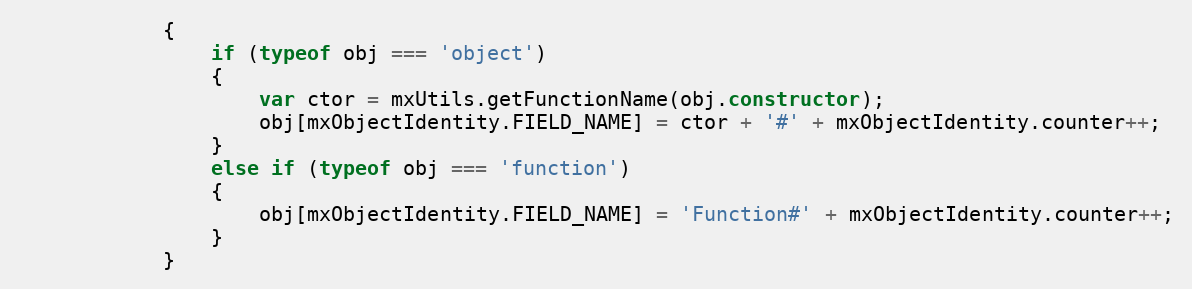
Language: JavaScript
			{
				if (typeof obj === 'object')
				{
					var ctor = mxUtils.getFunctionName(obj.constructor);
					obj[mxObjectIdentity.FIELD_NAME] = ctor + '#' + mxObjectIdentity.counter++;
				}
				else if (typeof obj === 'function')
				{
					obj[mxObjectIdentity.FIELD_NAME] = 'Function#' + mxObjectIdentity.counter++;
				}
			}